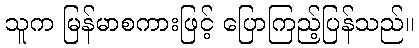
သူက မြန်မာစကားဖြင့် ပြောကြည့်ပြန်သည်။